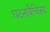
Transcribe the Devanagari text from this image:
घटनावैचित्रय